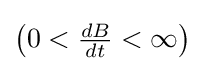
{\textstyle \left(0<{\frac {dB}{dt}}<\infty \right)}